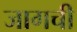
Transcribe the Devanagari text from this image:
जागची